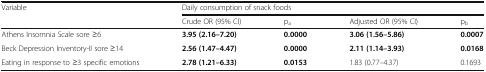
<table><thead><tr><td rowspan="2"><b>Variable</b></td><td colspan="4"><b>Daily consumption of snack foods</b></td></tr><tr><td><b>Crude OR (95% CI)</b></td><td><b>p<sub>a</sub></b></td><td><b>Adjusted OR (95% CI)</b></td><td><b>p<sub>b</sub></b></td></tr></thead><tbody><tr><td>Athens Insomnia Scale sore ≥6</td><td><b>3.95 (2.16–7.20)</b></td><td><b>0.0000</b></td><td><b>3.06 (1.56–5.86)</b></td><td><b>0.0007</b></td></tr><tr><td>Beck Depression Inventory-II sore ≥14</td><td><b>2.56 (1.47–4.47)</b></td><td><b>0.0000</b></td><td><b>2.11 (1.14–3.93)</b></td><td><b>0.0168</b></td></tr><tr><td>Eating in response to ≥3 specific emotions</td><td><b>2.78 (1.21–6.33)</b></td><td><b>0.0153</b></td><td>1.83 (0.77–4.37)</td><td>0.1693</td></tr></tbody></table>